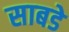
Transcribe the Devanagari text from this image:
साबडे